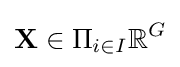
\mathbf {X} \in \Pi _{i\in I}\mathbb {R} ^{G}